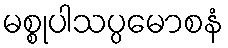
မစ္စုပါသပ္ပမောစနံ